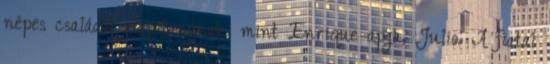
népes családot alapítanának, mint Enrique apja, Julio. A fiatal